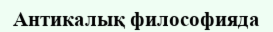
Антикалық философияда